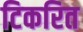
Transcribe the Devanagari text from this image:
टिकरित